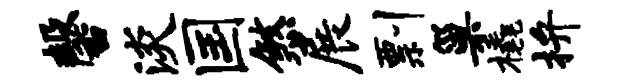
馨淡国煞展剽巢橇拚